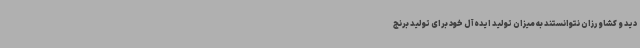
دید و کشاورزان نتوانستند به میزان تولید ایده‌آل خود برای تولید برنج